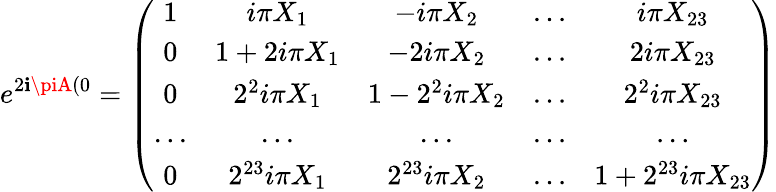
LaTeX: e^{2\mathbf{i}\piA(0}=\left(\begin{array}{ccccc}{{1}}&{{i\pi X_{1}}}&{{-i\pi X_{2}}}&{{...}}&{{i\pi X_{23}}}\\ {{0}}&{{1+2i\pi X_{1}}}&{{-2i\pi X_{2}}}&{{...}}&{{2i\pi X_{23}}}\\ {{0}}&{{2^{2}i\pi X_{1}}}&{{1-2^{2}i\pi X_{2}}}&{{...}}&{{2^{2}i\pi X_{23}}}\\ {{...}}&{{...}}&{{...}}&{{...}}&{{...}}\\ {{0}}&{{2^{23}i\pi X_{1}}}&{{2^{23}i\pi X_{2}}}&{{...}}&{{1+2^{23}i\pi X_{23}}}\end{array}\right)